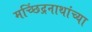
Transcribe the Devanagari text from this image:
मच्छिंद्रनाथांच्या